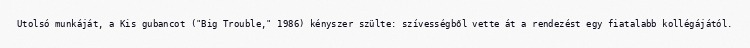
Utolsó munkáját, a Kis gubancot ("Big Trouble," 1986) kényszer szülte: szívességből vette át a rendezést egy fiatalabb kollégájától.